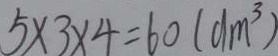
5 \times 3 \times 4 = 6 0 ( d m ^ { 3 } )